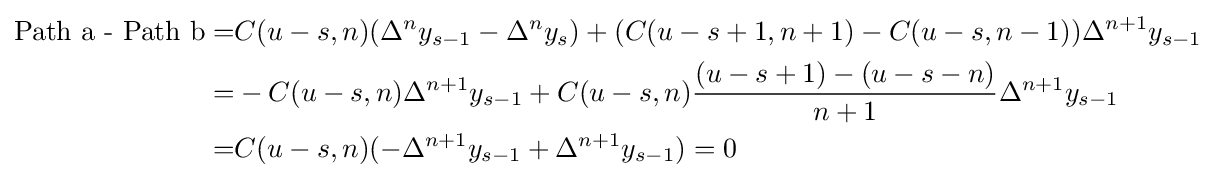
{\begin{aligned}{\text{Path a - Path b}}=&C(u-s,n)(\Delta ^{n}y_{s-1}-\Delta ^{n}y_{s})+(C(u-s+1,n+1)-C(u-s,n-1))\Delta ^{n+1}y_{s-1}\\=&-C(u-s,n)\Delta ^{n+1}y_{s-1}+C(u-s,n){\frac {(u-s+1)-(u-s-n)}{n+1}}\Delta ^{n+1}y_{s-1}\\=&C(u-s,n)(-\Delta ^{n+1}y_{s-1}+\Delta ^{n+1}y_{s-1})=0\\\end{aligned}}